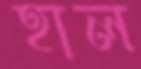
হাল